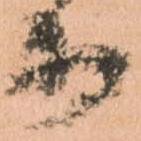
等